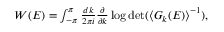
\begin{array} { r } { W ( E ) = \int _ { - \pi } ^ { \pi } \frac { d k } { 2 \pi i } \frac { \partial } { \partial k } \log \operatorname* { d e t } ( \left< G _ { k } ( E ) \right> ^ { - 1 } ) , } \end{array}